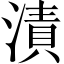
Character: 漬